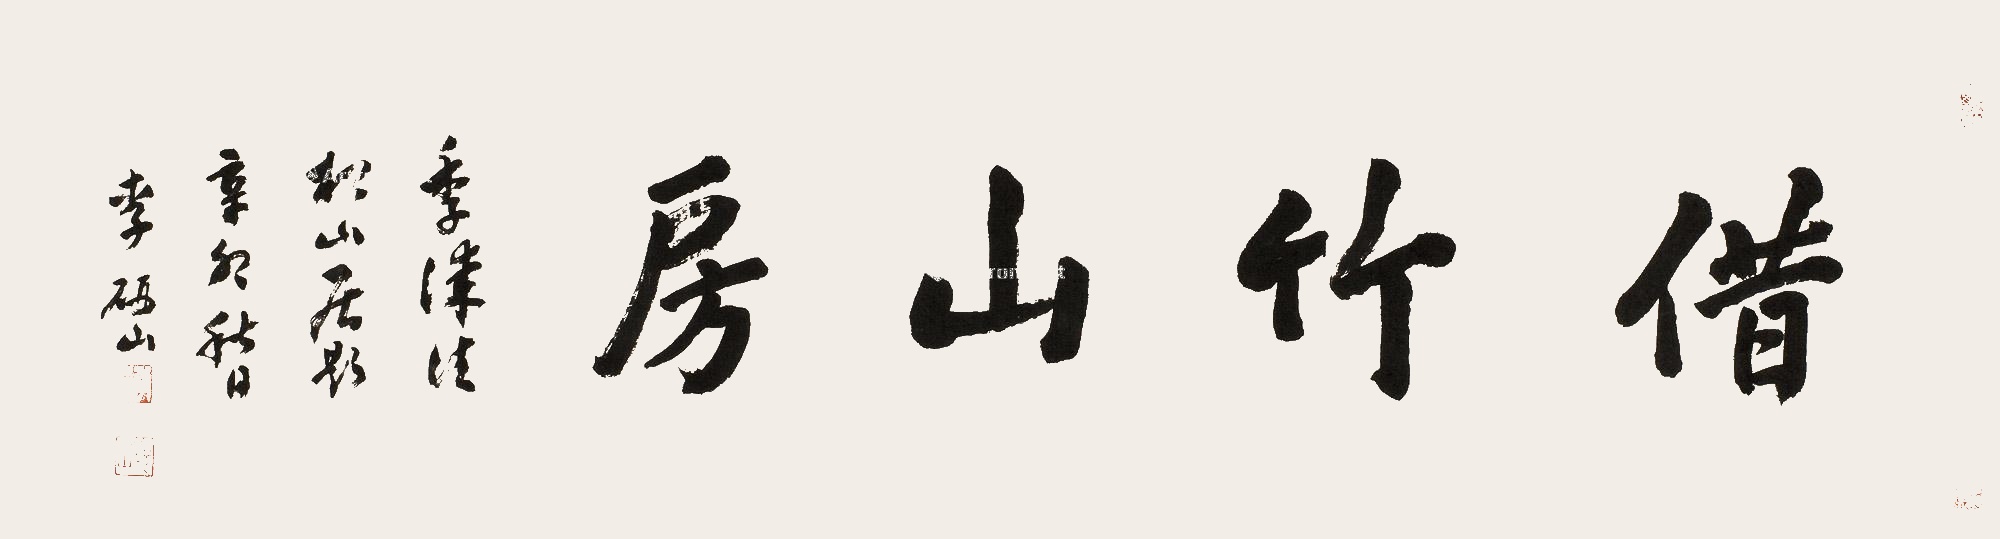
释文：借竹山房季诚德松山居题。辛卯（1951年）秋日，李研山。